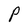
Character: P